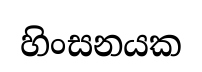
හිංසනයක